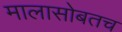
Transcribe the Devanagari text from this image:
मालासोबतच